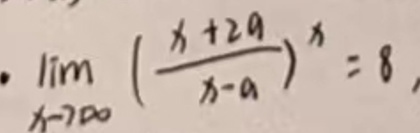
\(\lim_{x \to \infty} \left( \frac{x + 2a}{x - a} \right)^x = 8\)